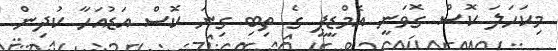
މިކަހަލަ ކޮސް ގޮވަނީ އެމްޑީޕީ ގެ ތިބި ގިނަ ކޮސް އަޑުއަހާ ކުދިން